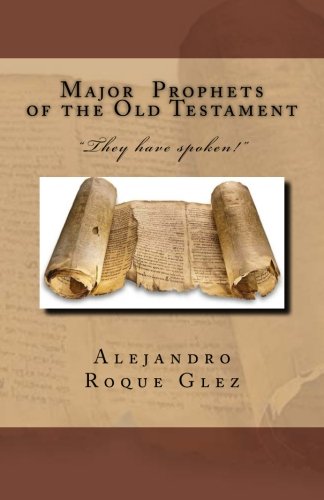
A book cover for Major Prophets of the Old Testament.; Alejandro Roque Glez; Christian Books & Bibles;